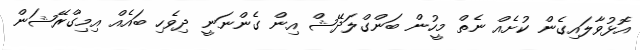
އޮޅުވާލައިގެން ކުށެއް ނެތް މީހުން ބަންގްލަދޭޝް އިން ގެންނަނީ ދިވެހި ބައެއް އިމިގްރޭޝަން